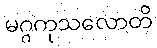
မဂ္ဂကုသလောတိ